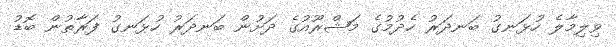
ވިލިމާލެ ހުޅަނގު ބަނދަރު ހެދުމުގެ މަޝްރޫއުގެ ދަށުން ބަނދަރު ހުޅަނގު ފަރާތުން ބޮޑު